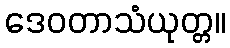
ဒေဝတာသံယုတ္တ။